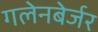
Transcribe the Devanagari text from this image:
गलेनबेर्जर